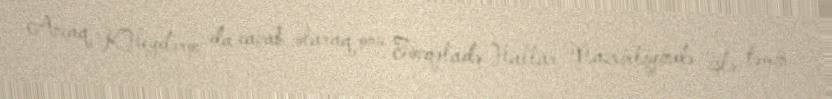
Ancaq K.Heydərov da cavab olaraq onu Fövqəladə Hallar Nazirliyində işlə təmin